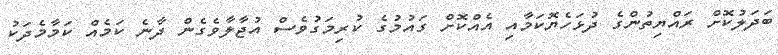
ބަދަލުކޮށް ރައްޔިތުންގެ ދުޅަހެޔޮކަމާއި އެއްކޮށް ގައުމުގެ ކުރިމަގުވެސް އުޖާލާވެގެން ދާނެ ކަމެއް ކަމާމެދަކު